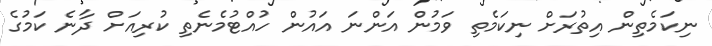
ނިކަމެތިން އިތުރަށް ނިކަމެތި ވަމުން އަންނަ އައުން ހުއްޓުމެނެތި ކުރިއަށް ދާނެ ކަމުގެ